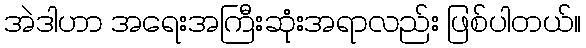
အဲဒါဟာ အရေးအကြီးဆုံးအရာလည်း ဖြစ်ပါတယ်။